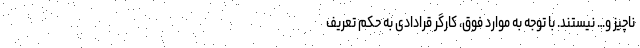
ناچیز و… نیستند. با توجه به موارد فوق، کارگر قرادادی به حکم تعریف